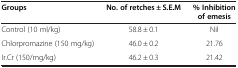
| Groups | No. of retches ± S.E.M | % Inhibition of emesis |
 | --- | --- | --- |
 | Control (10 ml/kg) | 58.8 ± 0.1 | Nil |
 | Chlorpromazine (150 mg/kg) | 46.0 ± 0.2 | 21.76 |
 | Ir.Cr (150/mg/kg) | 46.2 ± 0.3 | 21.42 |